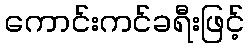
ကောင်းကင်ခရီးဖြင့်